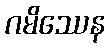
ဂမိဿေန